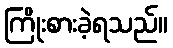
ကြိုးစားခဲ့ရသည်။